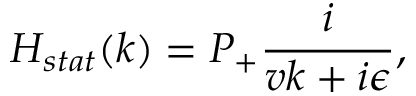
H _ { s t a t } ( k ) = P _ { + } \frac { i } { v k + i \epsilon } ,